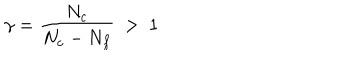
LaTeX: \gamma = \frac { N _ { c } } { N _ { c } - N _ { f } } ~ > ~ 1